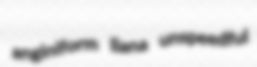
anginiform Ilana unspeedful